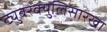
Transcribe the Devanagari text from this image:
ट्युबरक्युलिसारखा